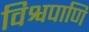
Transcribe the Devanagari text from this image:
विश्वपाणि